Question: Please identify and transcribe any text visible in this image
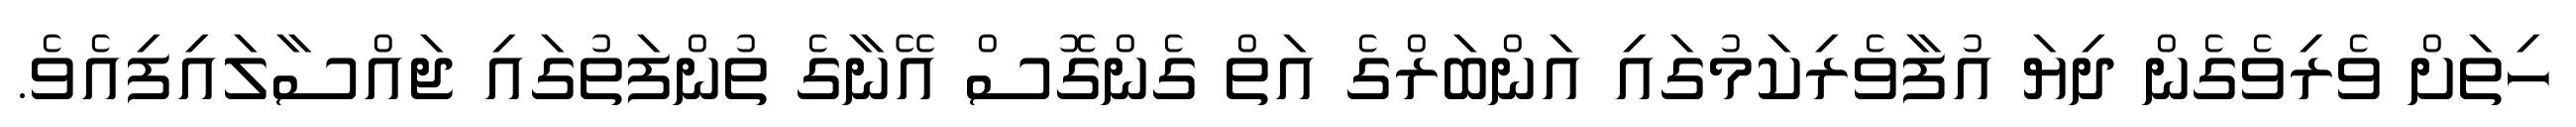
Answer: ހިތަށް ވެރިވެގެން ދިޔަ އުފާވެރިކަމުގައި އަންބަރްގެ އަތް ގެންގޮސް އޭނާގެ ތުންފަތުގައި ޖައްސާލައިފިއެވެ.